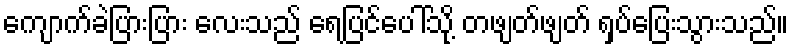
ကျောက်ခဲပြားပြား လေးသည် ရေပြင်ပေါ်သို့ တဖျတ်ဖျတ် ရှပ်ပြေးသွားသည်။